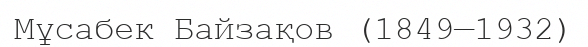
Мұсабек Байзақов (1849—1932)